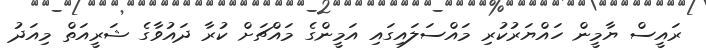
ރައީސް ޔާމީން ހައްޔަރުކުރި މައްސަލައިގައި އަމީންގެ މައްޗަށް ކުރާ ދައުވާގެ ޝަރީއަތް މިއަދު